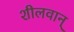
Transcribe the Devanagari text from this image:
शीलवान्